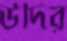
উর্দির